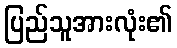
ပြည်သူအားလုံး၏